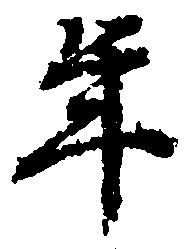
年